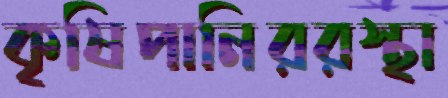
কৃষিপানিররস্থা